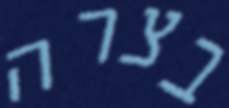
בצרה